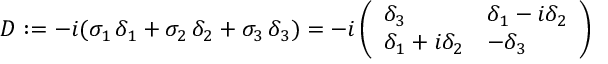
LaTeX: D : = - i ( \sigma _ { 1 } \, \delta _ { 1 } + \sigma _ { 2 } \, \delta _ { 2 } + \sigma _ { 3 } \, \delta _ { 3 } ) = - i \left( \begin{array} { l l } { { \delta _ { 3 } } } & { { \delta _ { 1 } - i \delta _ { 2 } } } \\ { { \delta _ { 1 } + i \delta _ { 2 } } } & { { - \delta _ { 3 } } } \end{array} \right)